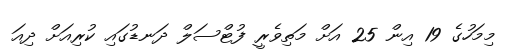
މިމަހުގެ 19 އިން 25 އަށް މަތިވެރީ ފުޓްސަލް ދަނޑުގައި ކުރިއަށް ދިއަ